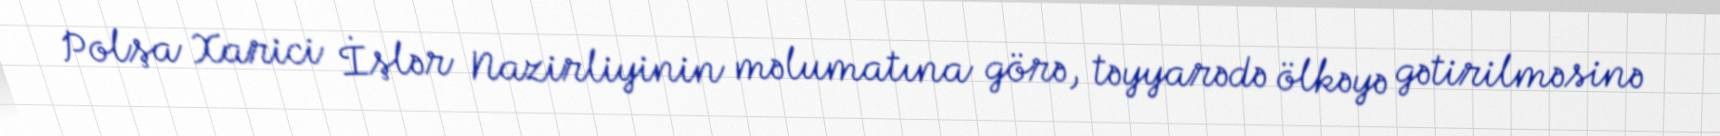
Polşa Xarici İşlər Nazirliyinin məlumatına görə, təyyarədə ölkəyə gətirilməsinə